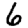
Digit: 6